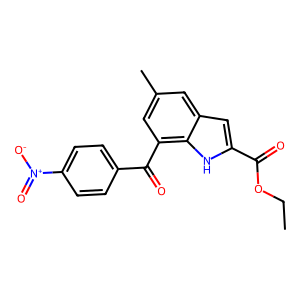
SMILES: CCOC(=O)c1cc2cc(C)cc(C(=O)c3ccc([N+](=O)[O-])cc3)c2[nH]1
Inhibits HIV replication: No